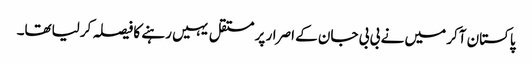
پاکستان آکر میں نے بی بی جان کے اصرار پر مستقل یہیں رہنے کا فیصلہ کرلیاتھا۔